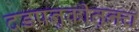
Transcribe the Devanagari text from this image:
दडपनुकीतूनच